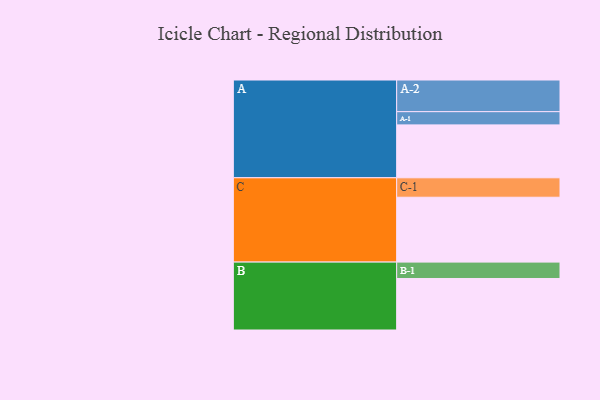
{"axis": {"x": "Segment", "y": "Value"}, "legend": ["", "A", "B", "C"], "data": [{"x": "A", "y": 416, "type": ""}, {"x": "B", "y": 405, "type": ""}, {"x": "C", "y": 510, "type": ""}, {"x": "A-1", "y": 104, "type": "A"}, {"x": "A-2", "y": 249, "type": "A"}, {"x": "B-1", "y": 129, "type": "B"}, {"x": "C-1", "y": 153, "type": "C"}]}